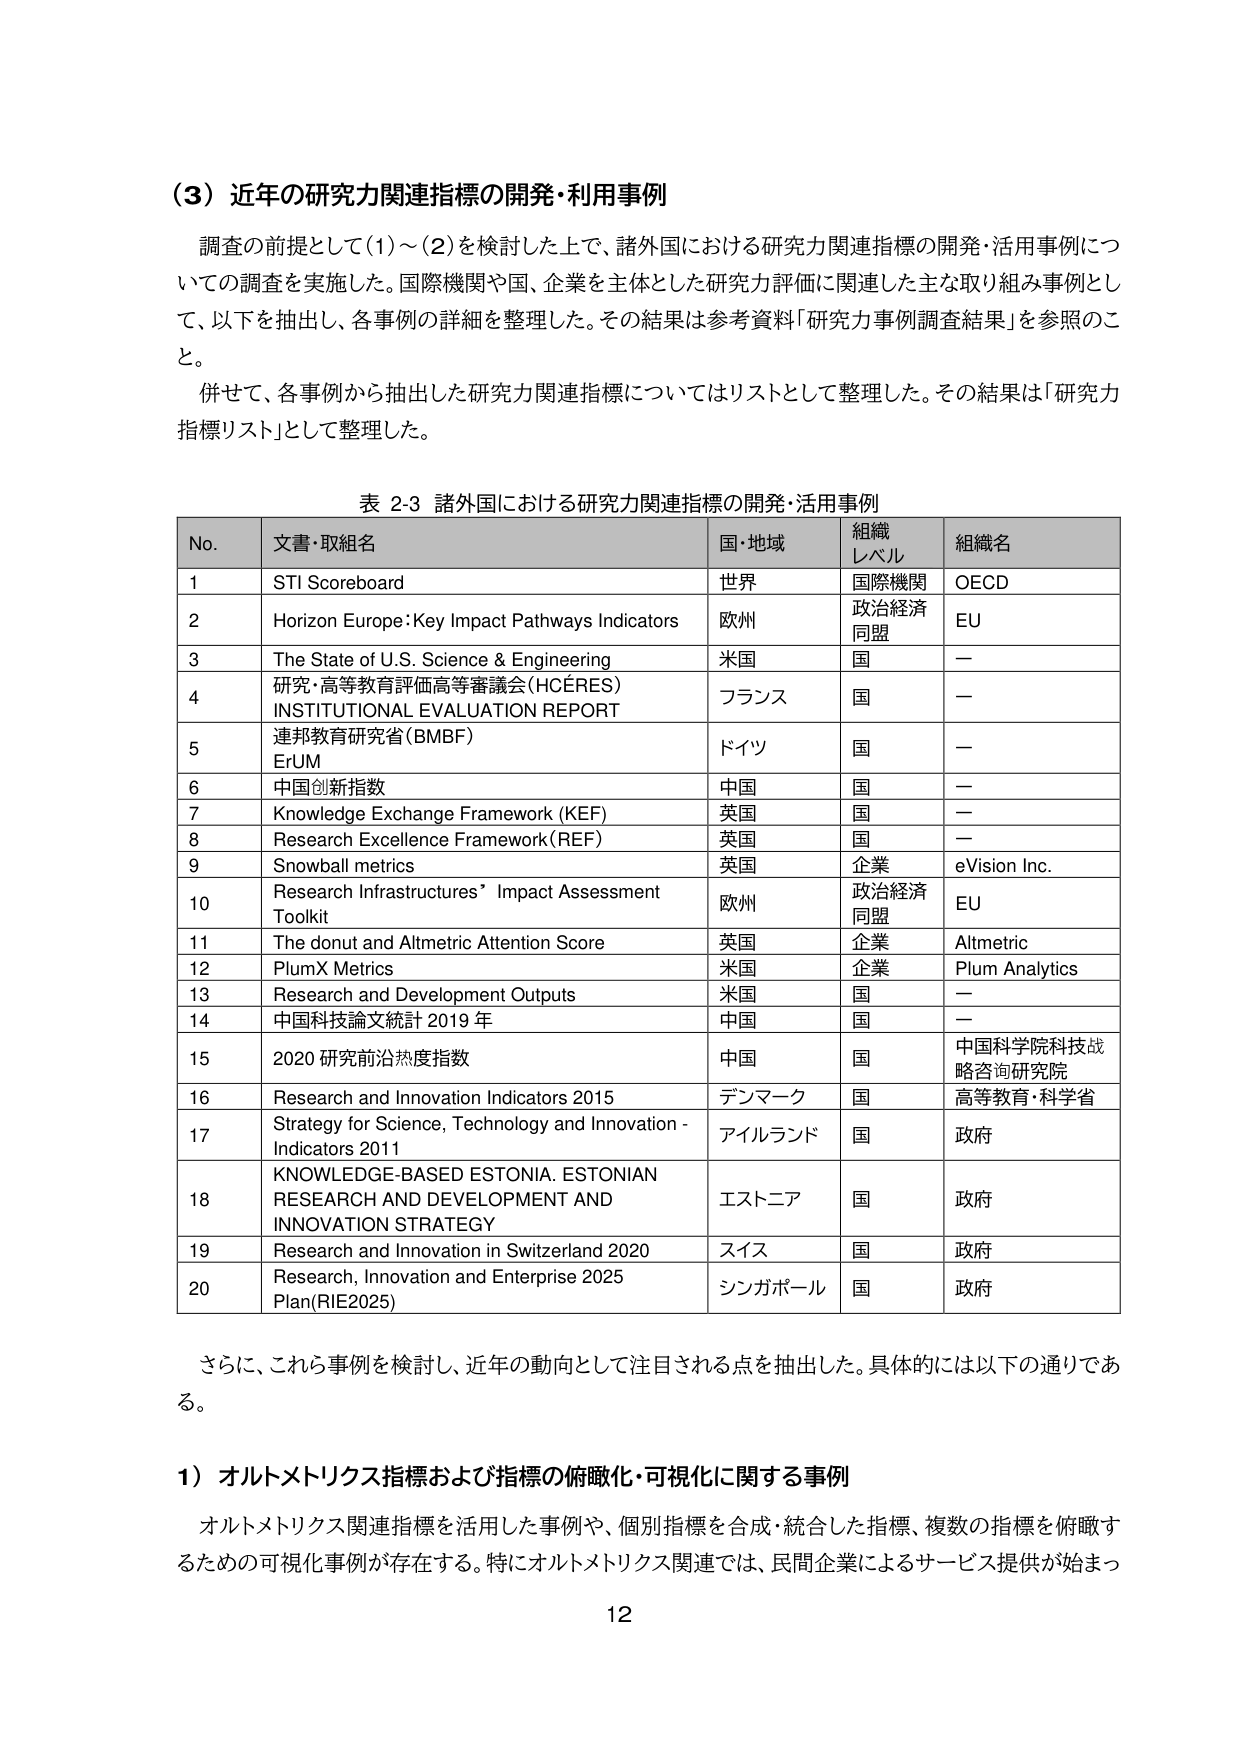
（3）近年の研究力関連指標の開発・利用事例

調査の前提として（1）～（2）を検討した上で、諸外国における研究力関連指標の開発・活用事例についての調査を実施した。国際機関や国、企業を主体とした研究力評価に関連した主な取り組み事例として、以下を抽出し、各事例の詳細を整理した。その結果は参考資料「研究力事例調査結果」を参照のこと。

併せて、各事例から抽出した研究力関連指標についてはリストとして整理した。その結果は「研究力指標リスト」として整理した。

表 2-3 諸外国における研究力関連指標の開発・活用事例

No. 文書・取組名 国・地域 組織レベル 組織名
1 STI Scoreboard 世界 国際機関 OECD
2 Horizon Europe: Key Impact Pathways Indicators 欧州 政治経済同盟 EU
3 The State of U.S. Science & Engineering 米国 国 －
4 研究・高等教育評価高等審議会（HCÉRES） INSTITUTIONAL EVALUATION REPORT フランス 国 －
5 連邦教育研究省（BMBF） ErUM ドイツ 国 －
6 中国创新指数 中国 国 －
7 Knowledge Exchange Framework (KEF) 英国 国 －
8 Research Excellence Framework (REF) 英国 国 －
9 Snowball metrics 英国 企業 eVision Inc.
10 Research Infrastructures’ Impact Assessment Toolkit 欧州 政治経済同盟 EU
11 The donut and Altmetric Attention Score 英国 企業 Altmetric
12 PlumX Metrics 米国 企業 Plum Analytics
13 Research and Development Outputs 米国 国 －
14 中国科技論文統計 2019 年 中国 国 －
15 2020 研究前沿热度指数 中国 国 中国科学院科技战略咨询研究院
16 Research and Innovation Indicators 2015 デンマーク 国 高等教育・科学省
17 Strategy for Science, Technology and Innovation - Indicators 2011 アイルランド 国 政府
18 KNOWLEDGE-BASED ESTONIA. ESTONIAN RESEARCH AND DEVELOPMENT AND INNOVATION STRATEGY エストニア 国 政府
19 Research and Innovation in Switzerland 2020 スイス 国 政府
20 Research, Innovation and Enterprise 2025 Plan(RIE2025) シンガポール 国 政府

さらに、これら事例を検討し、近年の動向として注目される点を抽出した。具体的には以下の通りである。

1）オルトメトリクス指標および指標の俯瞰化・可視化に関する事例

オルトメトリクス関連指標を活用した事例や、個別指標を合成・統合した指標、複数の指標を俯瞰するための可視化事例が存在する。特にオルトメトリクス関連では、民間企業によるサービス提供が始まった。

12